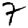
Digit: 7